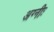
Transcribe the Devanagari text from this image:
अग्नीः